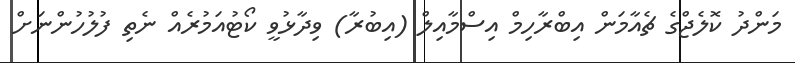
މަންދު ކޮލެޖްގެ ޗެއާމަން އިބްރާހިމް އިސްމާއިލް (އިބުރާ) ވިދާޅުވީ ކޯޓުއަމުރެއް ނެތި ފުލުހުންނަށް